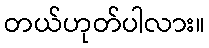
တယ်ဟုတ်ပါလား။